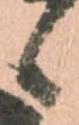
候